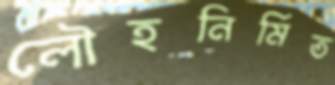
লৌহনির্মিত